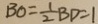
B O = \frac { 1 } { 2 } B D = 1